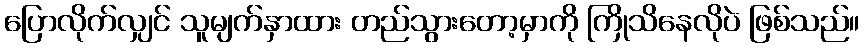
ပြောလိုက်လျှင် သူမျက်နှာထား တည်သွားတော့မှာကို ကြိုသိနေလိုပဲ ဖြစ်သည်။